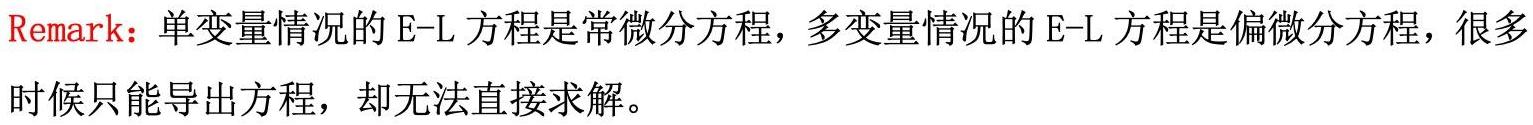
Remark：单变量情况的 E-L 方程是常微分方程，多变量情况的 E-L 方程是偏微分方程，很多时候只能导出方程，却无法直接求解。